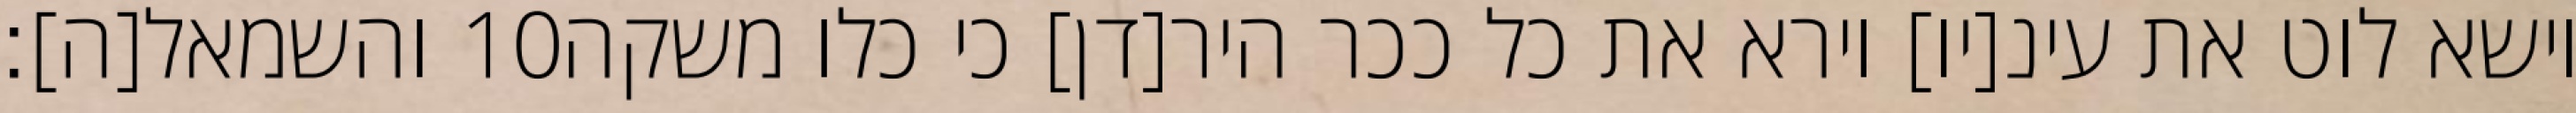
והשמאל[ה]׃ ‎10‏ וישא לוט את עינ[יו] וירא את כל ככר היר[דן] כי כלו משקה